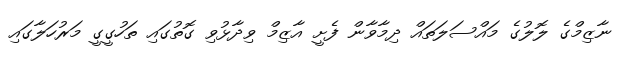
ނާޒިމްގެ ލޮލުގެ މައްސަލަތައް ދިމާވާން ފެށީ އާޒިމް ވިދާޅުވި ގޮތުގައި ތަހުގީގީ މަރުހަލާގައި